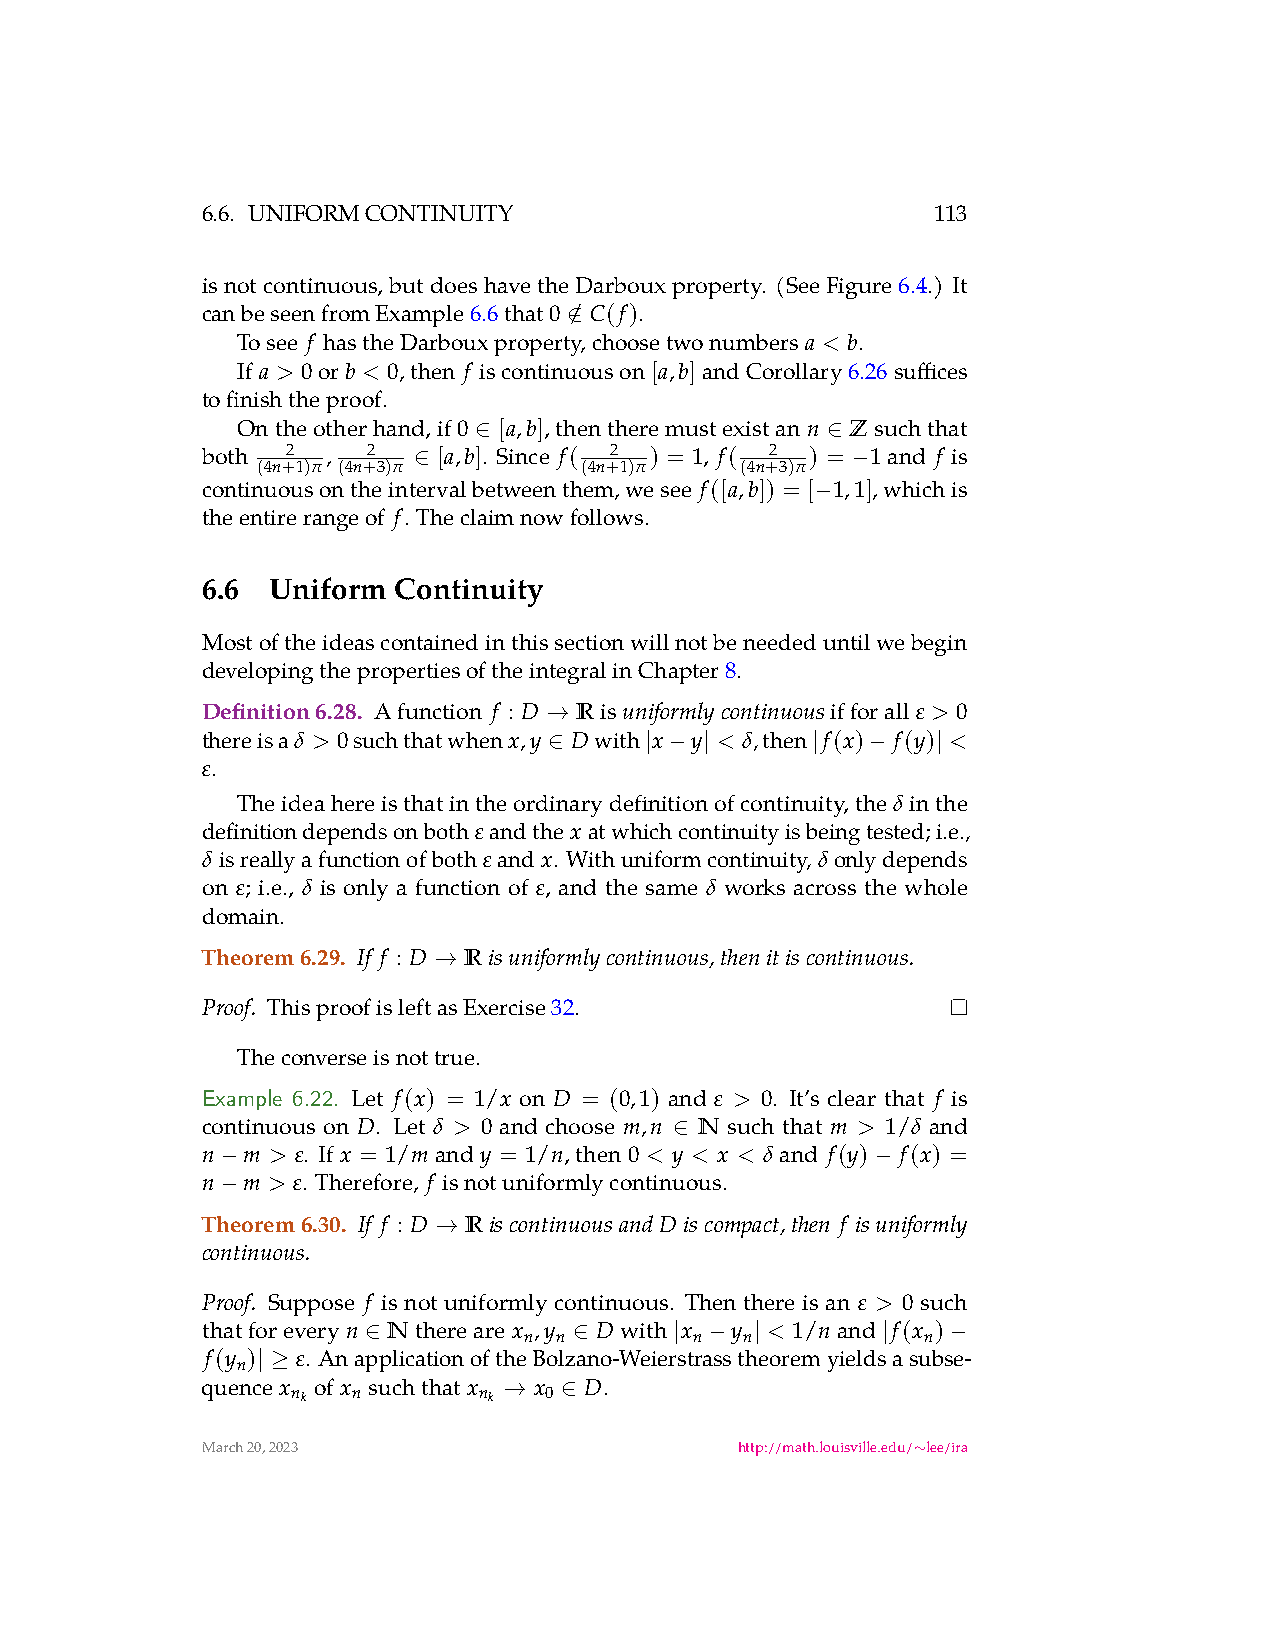
6.6. UNIFORMCONTINUITY                           113
 isnotcontinuous,butdoeshavetheDarbouxproperty. (SeeFigure6.4.) It
 canbeseenfromExample6.6that
 0 /
 C(f).
 ∈
 Tosee f hastheDarbouxproperty,choosetwonumbers a < b.
 If a > 0orb < 0,then f iscontinuouson[a,b]andCorollary6.26suffices
 tofinishtheproof.
 Ontheotherhand,if
 0
 [a,b],thentheremustexistann Zsuchthat
 ∈                       ∈
 both  2  , 2    [a,b]. Since f( 2 ) = 1, f( 2 ) = 1and f is
 (4n+1)π (4n+3)π ∈    (4n+1)π    (4n+3)π −
 continuousontheintervalbetweenthem,wesee f([a,b]) = [ 1,1],whichis
 −
 theentirerangeof f. Theclaimnowfollows.
 6.6  Uniform Continuity
 Mostoftheideascontainedinthissectionwillnotbeneededuntilwebegin
 developingthepropertiesoftheintegralinChapter8.
 Definition6.28. Afunction f : D Ris uniformlycontinuousifforall ε > 0
 →
 thereisa δ > 0suchthatwhenx,y Dwith x y < δ,then f(x) f(y) <
 ∈      | − |      |  −    |
 .
 ε
 Theideahereisthatintheordinarydefinitionofcontinuity,the inthe
 δ
 definitiondependsonboth εandthe xatwhichcontinuityisbeingtested;i.e.,
 δisreallyafunctionofboth εand x. Withuniformcontinuity, δonlydepends
 on ; i.e., is only a function of , and the same works across the whole
 ε   δ               ε          δ
 domain.
 Theorem6.29. If f : D R isuniformlycontinuous,thenitiscontinuous.
 →
 ThisproofisleftasExercise32.
 Proof.
 Theconverseisnottrue.
 Example 6.22. Let f(x) = 1/x on D = (0,1) and ε > 0. It’s clear that f is
 continuous on D. Let δ > 0 and choose m,n N such that m > 1/δ and
 ∈
 n  m > ε. If x = 1/m and y = 1/n,then 0 < y < x < δ and f(y) f(x) =
 −                                          −
 n  m > ε. Therefore, f isnotuniformlycontinuous.
 −
 Theorem6.30. If f : D R iscontinuousand Discompact,then f isuniformly
 →
 continuous.
 Proof. Suppose f is not uniformly continuous. Then there is an ε > 0 such
 thatforeveryn Nthereare x ,y Dwith x y < 1/nand f(x )
 n n        n  n           n
 ∈             ∈      | −  |       |    −
 f(y ) ε. AnapplicationoftheBolzano-Weierstrasstheoremyieldsasubse-
 n
 | ≥
 quence x of x suchthat x x D.
 n k n        n k → 0 ∈
 March20,2023                        http://math.louisville.edu/ lee/ira
 ∼